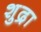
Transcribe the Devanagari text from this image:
शुद्रा